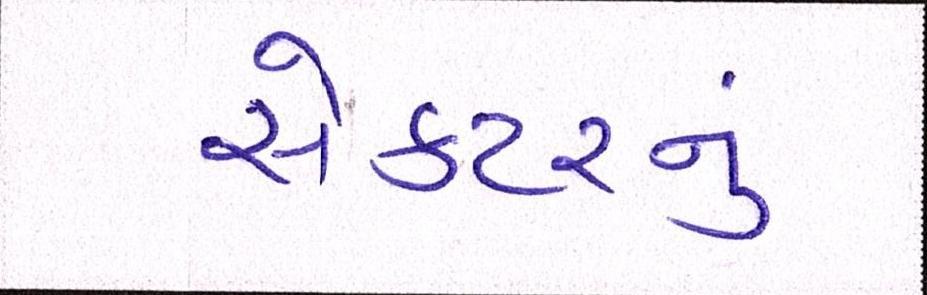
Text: સેક્ટરનું